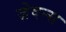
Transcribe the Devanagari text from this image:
ज़ेवन्स